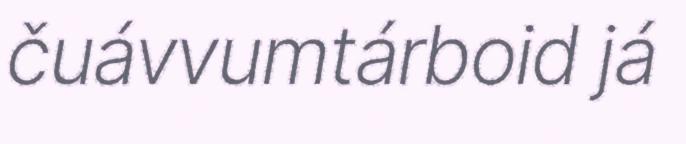
čuávvumtárboid já